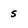
Character: 5